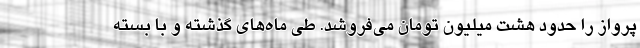
پرواز را حدود هشت میلیون تومان می‌فروشد. طی ماه‌های گذشته و با بسته